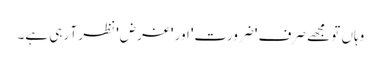
وہاں تو مجھے صرف 'ضرورت' اور 'غرض' نظر آ رہی ہے۔